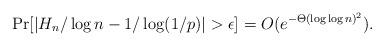
LaTeX: \begin{align*} \Pr[|H_n/\log n - 1/\log(1/p)| > \epsilon] = O(e^{-\Theta(\log\log n)^2}).\end{align*}